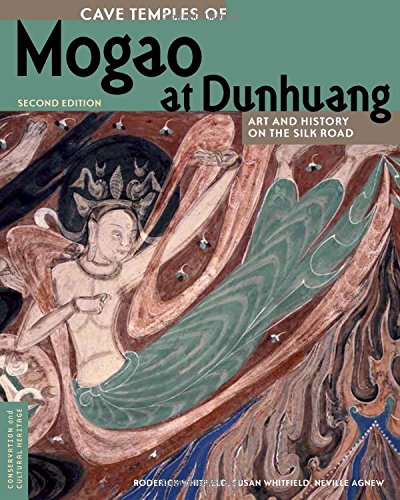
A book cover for Cave Temples of Mogao at Dunhuang: Art and History on the Silk Road, Second Edition (Conservation & Cultural Heritage); Roderick Whitfield; History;